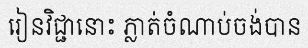
រៀនវិជ្ជានោះ ភ្លាត់ចំណាប់ចង់បាន